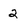
Character: 2